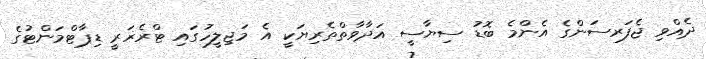
ދެއްވި ޖެފަރސަންގެ އެންމެ ބޮޑު ސިޔާސީ އަދާވާތްތެރިޔަކީ އެ މަޖިލީހުގައި ޓްރެޜަރީ ޑިޕާޓްމަންޓުގެ